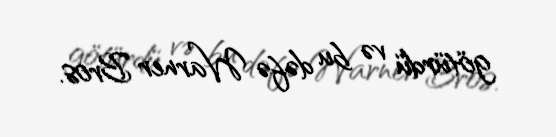
götürdü və bu dəfə Warner Bros.